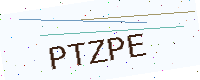
Text: PTZPE